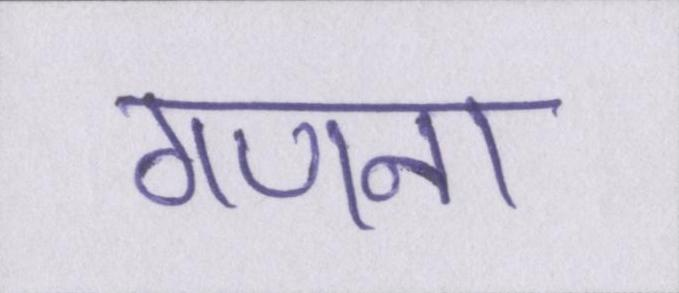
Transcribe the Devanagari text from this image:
गणना